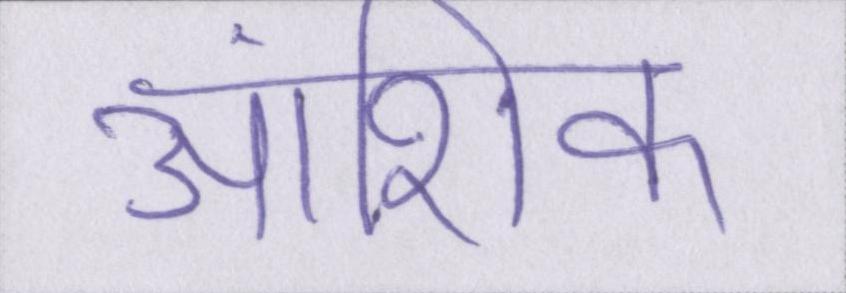
आंशिक